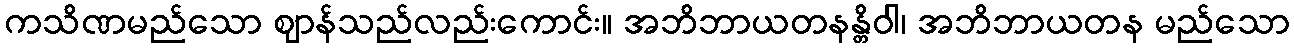
ကသိဏမည်သော ဈာန်သည်လည်းကောင်း။ အဘိဘာယတနန္တိဝါ၊ အဘိဘာယတန မည်သော